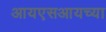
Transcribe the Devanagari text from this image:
आयएसआयच्या